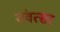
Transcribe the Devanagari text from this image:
संवत्‍सर